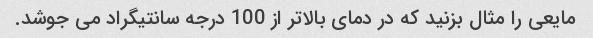
مایعی را مثال بزنید که در دمای بالاتر از 100 درجه سانتیگراد می جوشد.